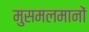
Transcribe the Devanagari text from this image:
मुसमलमानों